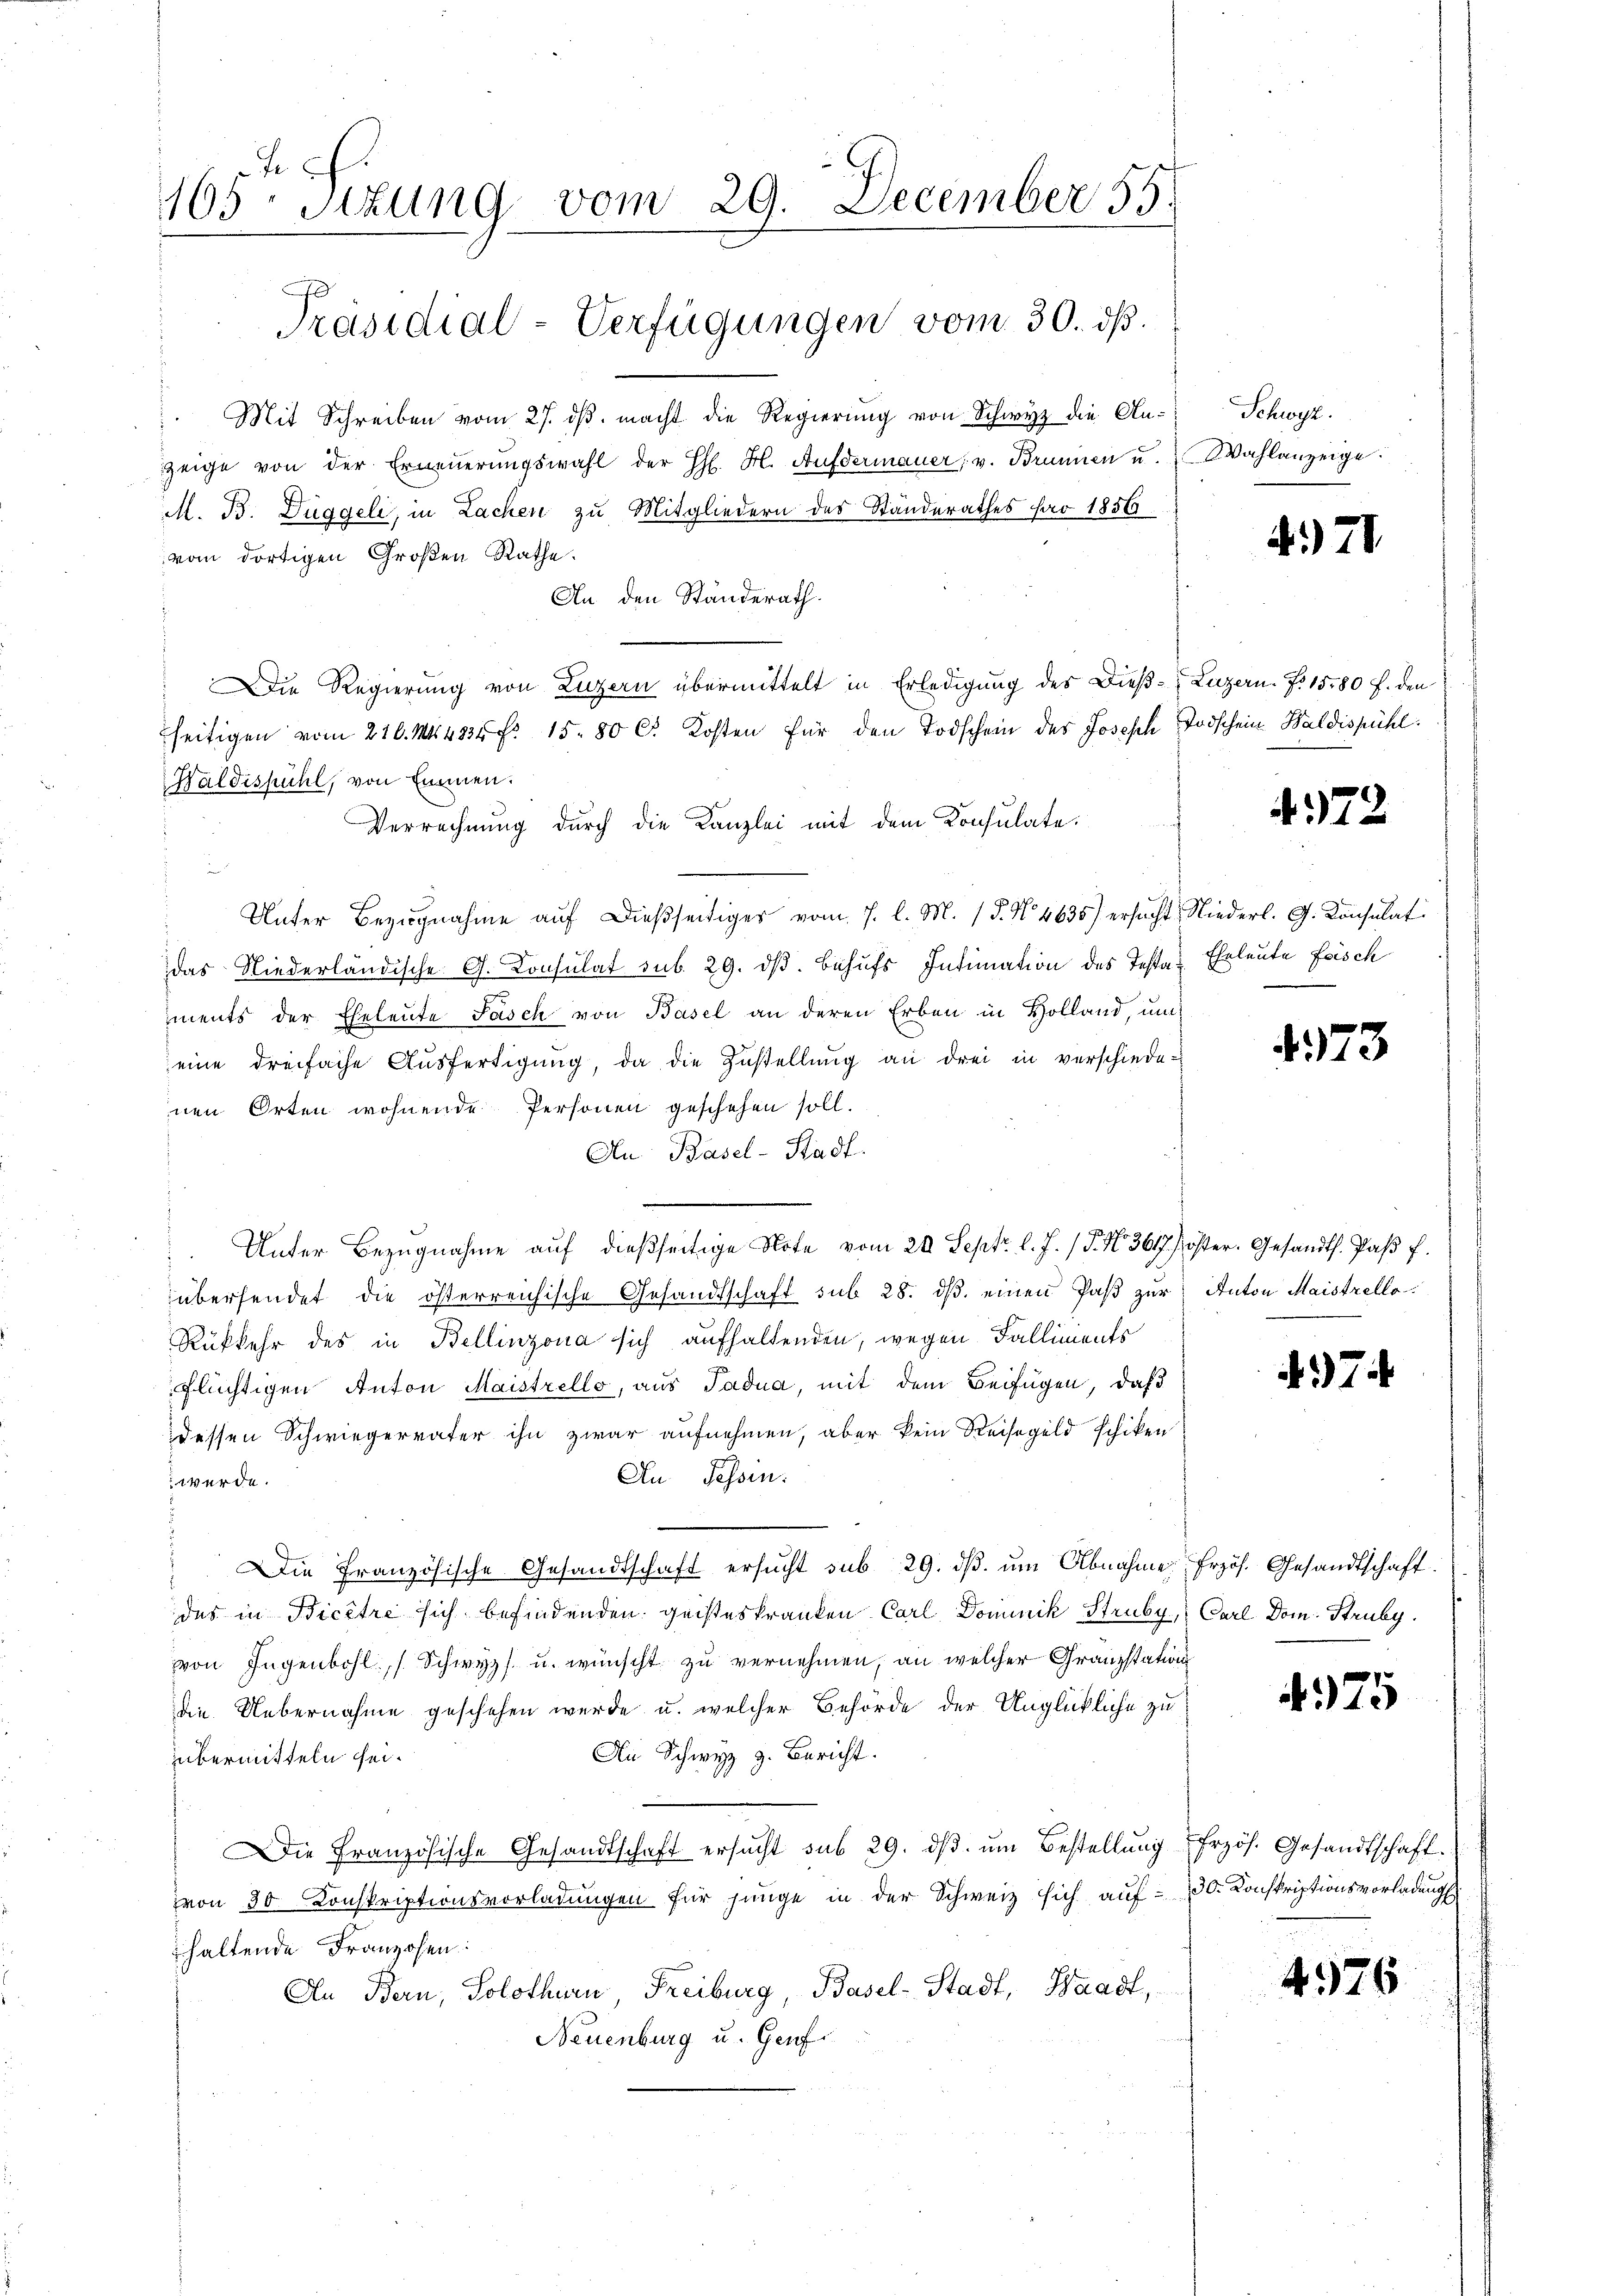
1105. Sitzung vom 29. December 55.
Präsidial-Verfügungen vom 30. ds.

Mit Schreiben vom 27. ds. macht die Regierung von Schwyz die Anzeige von der Erneŭerŭngswahl der H. H. Aufdermauer, v. Brunnen u. Wahlanzeige.
M. B. Düggeli, in Lachen zu Mitgliedern des Standerathes pro 1856
vom dortigen Großen Rathe.
An den Ständerath.
Die Regierung von Luzern übermittelt in Erledigung des Dieß-Luzern. No. 1580 f. den
seitigen vom 216. M. 423 fr. 15. 80 Ct. Kosten für den Todschein des Joseph Todschein Waldispühl
Haldiskühl, von Emmen.
Verrechnung durch die Kanzlei mit dem Konsulate.
u
Unter Bezŭgnahme aŭf dießseitiger vom 7. l. M. (§. N. 4635) ersŭcht Niederl. G. Consulat
das Niederländische G. Consulat sub. 29. dβ. Behufs Intimation des Testa- Eheleute Frisch
iments der Eheleute Fasch von Basel an deren Erben in Holland, und
eine dreifache Aŭsfertigŭng, da die Zustellŭng an drei in verschiede-
nen Orten wohnende Personen geschehen soll.
An Basel-Stadt.
Unter Bezŭgnahme aŭf dießseitige Note vom 20. Sept. l. J. / 5. No 3617) öster. Gesandth. Paβ f.
übersendet die österreichische Gesandtschaft sub 28. ds. einen Paß zur Anton Maistrello¬
Rükkehr des in Bellinzona sich aufhaltenden, wegen Falliments
flüchtigen Anton Maistrello, aus Tadua, mit dem Beifügen, daß
dessen Schwiegervater ihn zwar aufnehmen, aber kein Reisegeld schiken
An Fessen:
 werde.
.
 Die Französische Gesandtschaft ersŭcht sub 29. dβ ŭm Abnahme frzös. Gesandtschaft
des in Bicêtre sich befindenden geisteskranken Carl Dominik Struby, Carl Dom. Struby.
von Jugenbohl, Schwyz u. wünscht zu vernehmen, an welcher Franzstation
die Uebernahme geschehen wurde u. welcher Behörde der Unglückliche zu
An Schwyz z. Bericht.
übermitteln sei.
Die Französische Gesandtschaft ersucht sub 29. dβ ŭm Bestellung frzös. Gesandtschaft.
von 30 Konskriptionsvorladungen für jünge in der Schweiz sich auf - 30. Konskriptionsvorladung
haltende Franzosen:
An Bern, Solothurn, Freiburg, Basel-Stadt, Waadt,
Neuenburg u. Genf.

Schwyz.

471.

A 172

473

474

475

4576